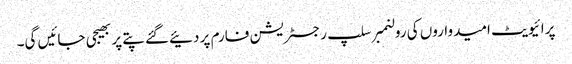
پرائیویٹ امیدواروں کی رولنمبر سلپ رجسٹریشن فارم پر دئیےگئے پتے پر بھیجی جائیں گی۔